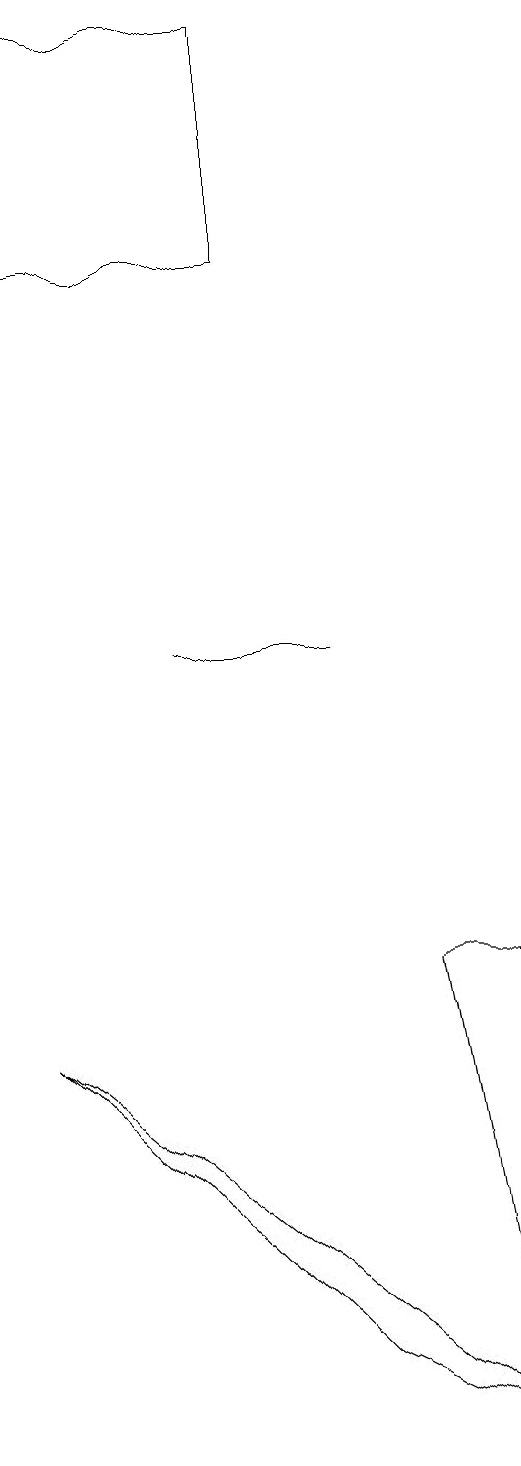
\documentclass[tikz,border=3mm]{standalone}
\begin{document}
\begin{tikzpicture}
\draw (8,1) -- (8,7) -- (7,7) -- cycle;
\draw (6,2) -- (2,6) -- (8,1) -- cycle;
\draw (5,16) rectangle (2,19);
\draw (4,11) rectangle (6,11);
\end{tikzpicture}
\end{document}